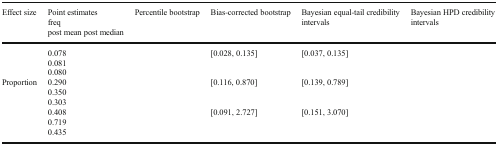
<table><thead><tr><td><b>Effect size</b></td><td><b>Point estimatesfreqpost mean post median</b></td><td><b>Percentile bootstrap</b></td><td><b>Bias-corrected bootstrap</b></td><td><b>Bayesian equal-tail credibilityintervals</b></td><td><b>Bayesian HPD credibilityintervals</b></td></tr></thead><tbody><tr><td>[EMPTY_CELL]</td><td>0.0780.0810.080</td><td>[EMPTY_CELL]</td><td>[0.028, 0.135]</td><td>[0.037, 0.135]</td><td>[EMPTY_CELL]</td></tr><tr><td>Proportion</td><td>0.2900.3500.303</td><td>[EMPTY_CELL]</td><td>[0.116, 0.870]</td><td>[0.139, 0.789]</td><td>[EMPTY_CELL]</td></tr><tr><td>[EMPTY_CELL]</td><td>0.4080.7190.435</td><td>[EMPTY_CELL]</td><td>[0.091, 2.727]</td><td>[0.151, 3.070]</td><td>[EMPTY_CELL]</td></tr></tbody></table>